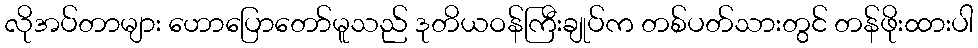
လိုအပ်တာများ ဟောပြောတော်မူသည် ဒုတိယဝန်ကြီးချုပ်က တစ်ပတ်သားတွင် တန်ဖိုးထားပါ